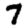
Digit: 7